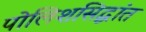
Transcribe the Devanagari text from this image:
पोलिशसिद्धांत